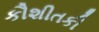
કૌશીતકી